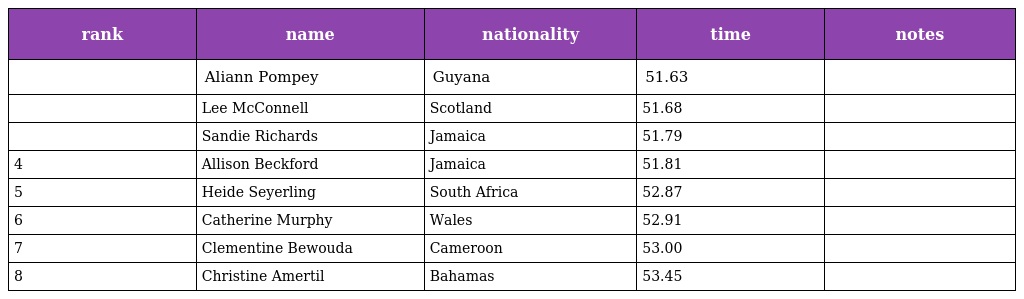
| rank | name | nationality | time | notes |
 | --- | --- | --- | --- | --- |
 |  | Aliann Pompey | Guyana | 51.63 |  |
 |  | Lee McConnell | Scotland | 51.68 |  |
 |  | Sandie Richards | Jamaica | 51.79 |  |
 | 4 | Allison Beckford | Jamaica | 51.81 |  |
 | 5 | Heide Seyerling | South Africa | 52.87 |  |
 | 6 | Catherine Murphy | Wales | 52.91 |  |
 | 7 | Clementine Bewouda | Cameroon | 53.00 |  |
 | 8 | Christine Amertil | Bahamas | 53.45 |  |